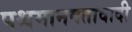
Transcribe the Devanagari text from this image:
पश्चमानवतावादी